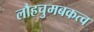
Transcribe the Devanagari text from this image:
लौहचुमबकत्व